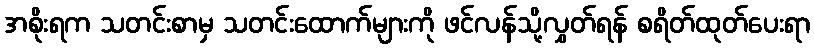
အစိုးရက သတင်းစာမှ သတင်းထောက်များကို ဖင်လန်သို့လွှတ်ရန် စရိတ်ထုတ်ပေးရာ